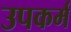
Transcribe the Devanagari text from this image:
उपकर्म